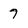
Character: 7